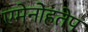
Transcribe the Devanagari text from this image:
एमेनोहतेप